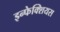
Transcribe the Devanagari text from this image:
इन्फेक्शियस